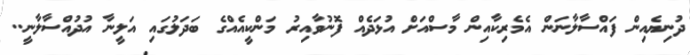
ދުނިޔެއިން ފައްސާލާނަން އެމެރިކާއިން މާސްއަށް އުޅަދެއް ފޮނުވާއިރު މަންކީއެއްގެ ބަދަލުގައި އަލީނާ އުދުއްސާލާނީ..